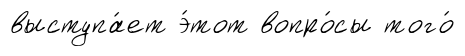
выступа́ет э́тот вопро́сы того́